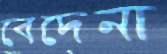
বেদেনা